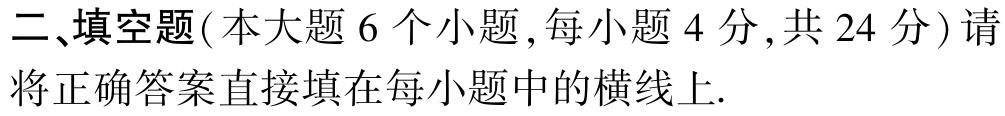
二、填空题(本大题 6 个小题,每小题 4 分,共 24 分) 请将正确答案直接填在每小题中的横线上.